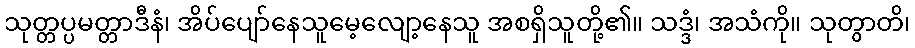
သုတ္တပ္ပမတ္တာဒီနံ၊ အိပ်ပျော်နေသူမေ့လျော့နေသူ အစရှိသူတို့၏။ သဒ္ဒံ၊ အသံကို။ သုတွာတိ၊